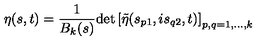
\eta ( s , t ) = \frac { 1 } { B _ { k } ( s ) } \mathrm { d e t } \left[ \tilde { \eta } ( s _ { p 1 } , i s _ { q 2 } , t ) \right] _ { p , q = 1 , \ldots , k }